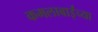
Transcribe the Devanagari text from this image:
कमलाबाईंच्या